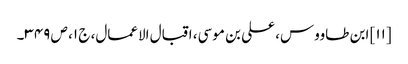
[۱۱] ابن طاووس، علی بن موسی، اقبال الاعمال، ج ۱، ص ۳۴۹۔